Sanitation, dispensaries and jails vaccination Rajputana 1922-1927 - 1922-1927
Year: 1922
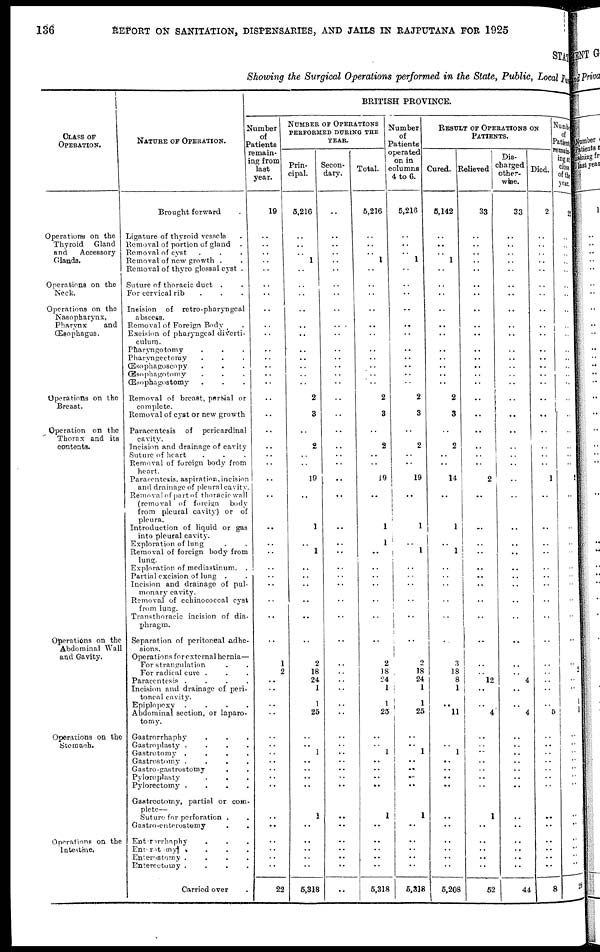
136
REPORT ON SANITATION, DISPENSARIES, AND JAILS IN RAJPUTANA FOR 1925
STATE
Showing the Surgical Operations performed in the State, Public, Local Fund
CLASS OF
OPERATION.
Operations on the
Thyroid
Gland
and
Accessory
Glands.
Operations on the
Neck.
Operations on the
Nasopharynx,
Pharynx
and
Œsophagus.
Operations on the
Breast.
Operation on the
Thorax and its
contents.
Operations on the
Abdominal Wall
and Cavity.
Operations on the
Stomach.
Operations on the
Intestine.
NATURE OF OPERATION.
Brought forward .
Ligature of thyroid vessels .
Removal of portion of gland .
Removal of cyst . . .
Removal of new growth . .
Removal of thyro glossal cyst .
Suture of thoracic duct . .
For cervical rib . . .
Incision of retro-pharyngeal
abscess.
Removal of Foreign Body .
Excision of pharyngeal diverti-
culum.
Pharyngotomy . . .
Pharyngectomy . . .
Œsophagoscopy . . .
Œsophagotomy . . .
Œsophagostomy . . .
Removal of breast, partial or
complete.
Removal of cyst or new growth
Paracentesis of pericardinal
cavity.
Incision and drainage of cavity
Suture of heart . . .
Removal of foreign body from
heart.
Paracentesis, aspiration, incision
and drainage of pleural cavity.
Removal of part of thoracic wall
(removal of foreign
body
from pleural cavity) or of
pleura.
Introduction of liquid or gas
into pleural cavity.
Exploration of lung . .
Removal of foreign body from
lung.
Exploration of mediastinum. .
Partial excision of lung . .
Incision and drainage of pul-
monary cavity.
Removal of echinococcal cyst
from lung.
Transthoracic incision of dia-
phragm.
Separation of peritoneal adhe-
sions.
Operations forexternal hernia—
For strangulation . .
For radical cure . . .
Paracentesis .
.
.
.
Incision and drainage of peri-
toneal cavity.
Epiplopexy . . . .
Abdominal section, or laparo-
tomy.
Gastrorrhaphy . . .
Gastroplasty . . . .
Gastrotomy . . . .
Gastrostomy . . . .
Gastro-gastrostomy . .
Pyloroplasty . . .
Pylorectomy . . . .
Gastrectomy, partial or com-
plete—
Suture for perforation . .
Gastro-enterostomy . .
Enterorrhaphy
. . .
Enterotomy . . . .
Enterostomy .
.
.
.
Enterectomy .
.
.
.
Carried over .
BRITISH PROVINCE.
Number
of
Patients
remain-
ing from
last
year.
19
..
..
..
..
..
..
..
..
..
..
..
..
..
..
..
..
..
..
..
..
..
..
..
..
..
..
..
..
..
..
..
..
1
2
..
..
..
..
..
..
..
..
..
..
..
..
..
..
..
..
..
22
NUMBER OF OPERATIONS
PERFORMED DURING THE
YEAR.
Prin-
cipal.
5,216
..
..
..
1
..
..
..
..
..
..
..
..
..
..
..
2
3
..
2
..
..
19
..
1
..
1
..
..
..
..
..
..
2
16
24
1
1
25
..
..
1
..
..
..
..
1
..
..
..
..
..
5,318
Secon-
dary.
..
..
..
..
..
..
..
..
..
..
..
..
..
..
..
..
..
..
..
..
..
..
..
..
..
..
..
..
..
..
..
..
..
..
..
..
..
..
..
..
..
..
..
..
..
..
..
..
..
..
..
..
..
Total.
5,216
..
..
..
1
..
..
..
..
..
..
..
..
..
..
..
2
3
..
2
..
..
19
..
1
1
..
..
..
..
..
..
..
2
18
24
1
1
25
..
..
1
..
..
..
..
1
..
..
..
..
..
5,318
Number
of
Patients
operated
on in
columns
4 to 6.
5,216
..
..
..
1
..
..
..
..
..
..
..
..
..
..
..
2
3
..
2
..
..
19
..
1
..
1
..
..
..
..
..
..
2
18
24
1
1
25
..
..
1
..
..
..
..
1
..
..
..
..
..
5,318
RESULT OF OPERATIONS ON
PATIENTS.
Cured.
5,142
..
..
..
1
..
..
..
..
..
..
..
..
..
..
..
2
3
..
2
..
..
14
..
1
..
1
..
..
..
..
..
..
3
18
8
1
..
11
..
..
1
..
..
..
..
..
..
..
..
..
..
5,208
Relieved
33
..
..
..
..
..
..
..
..
..
..
..
..
..
..
..
..
..
..
..
..
..
2
..
..
..
..
..
..
..
..
..
..
..
..
12
..
..
4
..
..
..
..
..
..
..
1
..
..
..
..
..
52
Dis-
charged
other-
wise.
33
..
..
..
..
..
..
..
..
..
..
..
..
..
..
..
..
..
..
..
..
..
..
..
..
..
..
..
..
..
..
..
..
..
..
4
..
..
4
..
..
..
..
..
..
..
..
..
..
..
..
..
44
Died.
2
..
..
..
..
..
..
..
..
..
..
..
..
..
..
..
..
..
..
..
..
..
1
..
..
..
..
..
..
..
..
..
..
..
..
..
..
..
5
..
.. ..
..
..
..
..
..
..
..
..
..
..
8
Number
of
Patients
remain¬
ing at
close
of the
year.
22
..
..
..
..
..
..
..
..
..
..
..
..
..
..
..
..
..
..
..
..
..
2
..
..
..
..
..
..
..
..
..
..
..
..
..
..
1
1
..
..
..
..
..
..
..
.. ..
..
..
..
..
28